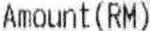
AMOUNT(RM)